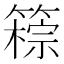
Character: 䉘